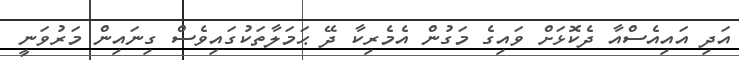
އަދި އައިއެސްއާ ދެކޮޅަށް ވައިގެ މަގުން އެމެރިކާ ދޭ ޙަމަލާތަކުގައިވެސް ގިނައިން މަރުވަނީ